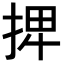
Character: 𢮆